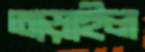
তাড়াইল